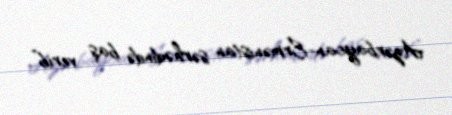
Azərbaycan-Ermənistan sərhədində baş verib”.